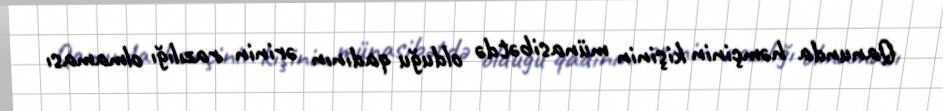
Qanunda həmçinin kişinin münasibətdə olduğu qadının ərinin razılığı olmaması